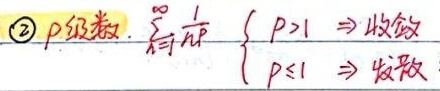
\textcircled{2}\(p\)级数 \(\sum_{n = 1}^{\infty}\frac{1}{n^{p}}\begin{cases}p > 1\Rightarrow 收敛\\p\leq1\Rightarrow 发散\end{cases}\)